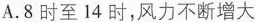
A.8时至14时，风力不断增大